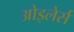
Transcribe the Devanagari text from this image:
ओइलेर्स